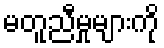
မတူညီမှုများကို